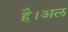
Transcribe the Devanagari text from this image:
है।अल